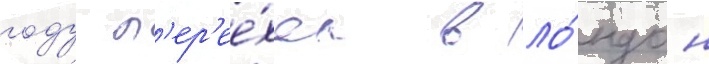
году п'ер'ее́хал в ло́ндон